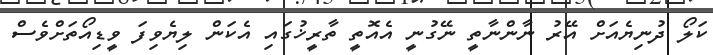
ކަލޯ ދުނިޔެއަށް އޭރު ނާންނާތީ ނޭގުނީ އެއޮތީ ތާާރީޚުގައި އެކަން ލިޔެވިފަ ވީޑިއޯތަށްވެސް